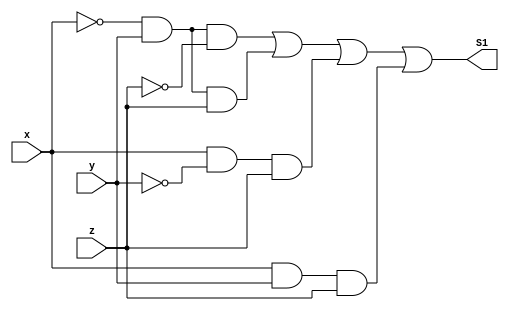
/**
 * @file Guia_0403.v
 * @author 784778 - Wallace Freitas Oliveira (https://github.com/Olivwallace)
 * @brief Guia 04 Exercicio 03 - Arquitetura de Computadores I (PUC-Minas 1/2023)
 * @date 03-03-2023
 */

 module Questao_A(output S1, input x, y, z);
    assign S1 = (~x & y & ~z) | (~x & y & z) | (x & ~y & z) | (x & y & z);
 endmodule

 module Questao_B(output S1, input x, y, z);
    assign S1 = (~x & ~y & z) | (~x & y & z) | (x & y & ~z) | ( x & y & z);
 endmodule

 module Questao_C(output S1, input x, y, w, z);
    assign S1 = (~x & ~y & ~w & z) | (~x & ~y & w & z) | (~x & y & ~w & ~z) | (~x & y & w & ~z) 
                    | (x & ~y & ~w & z) | (x & y & ~w & ~z) | (x & y & w & ~z);
 endmodule

 module Questao_D(output S1, input x, y, w, z);
    assign S1 = (~x & ~y & ~w & z) | (~x & ~y & w & ~z) | (~x & y & ~w & z) | (~x & y & w & z) 
                    | (x & ~y & ~w & ~z) | (x & ~y & w & ~z) | (x & y & ~w & ~z);
 endmodule

 module Questao_E(output S1, input x, y, w, z);
    assign S1 =  ( ~x & ~y & ~w & ~z) | (~x & ~y & w & ~z) | (~x & ~y & w & z ) 
                        | ( x & ~y & ~w & ~z) | (x & ~y & ~w & z ) | (x & y & ~w & z );
 endmodule